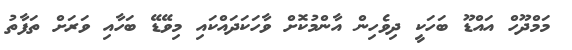
މަމްދޫހް އައްޑޫ ބަހަކީ ދިވެހިން އާންމުކޮށް ވާހަކަދައްކައި މިވޭޑޭ ބަހާއި ވަރަށް ތަފާތު